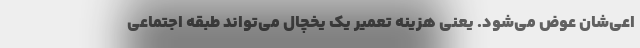
اعی‌شان عوض می‌شود. یعنی هزینه تعمیر یک یخچال می‌تواند طبقه اجتماعی